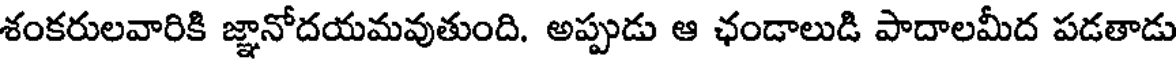
శంకరులవారికి జ్ఞానోదయమవుతుంది. అప్పుడు ఆ ఛండాలుడి పాదాలమీద పడతాడు